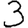
Digit: 3